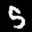
Label: 5